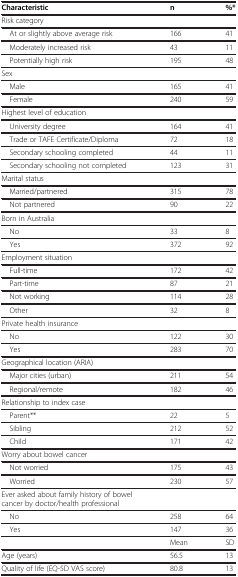
<table><thead><tr><td><b>Characteristic</b></td><td><b>n</b></td><td><b>%*</b></td></tr></thead><tbody><tr><td>Risk category</td><td>[EMPTY_CELL]</td><td>[EMPTY_CELL]</td></tr><tr><td> At or slightly above average risk</td><td>166</td><td>41</td></tr><tr><td> Moderately increased risk</td><td>43</td><td>11</td></tr><tr><td> Potentially high risk</td><td>195</td><td>48</td></tr><tr><td>Sex</td><td>[EMPTY_CELL]</td><td>[EMPTY_CELL]</td></tr><tr><td> Male</td><td>165</td><td>41</td></tr><tr><td> Female</td><td>240</td><td>59</td></tr><tr><td>Highest level of education</td><td>[EMPTY_CELL]</td><td>[EMPTY_CELL]</td></tr><tr><td> University degree</td><td>164</td><td>41</td></tr><tr><td> Trade or TAFE Certificate/Diploma</td><td>72</td><td>18</td></tr><tr><td> Secondary schooling completed</td><td>44</td><td>11</td></tr><tr><td> Secondary schooling not completed</td><td>123</td><td>31</td></tr><tr><td>Marital status</td><td>[EMPTY_CELL]</td><td>[EMPTY_CELL]</td></tr><tr><td> Married/partnered</td><td>315</td><td>78</td></tr><tr><td> Not partnered</td><td>90</td><td>22</td></tr><tr><td>Born in Australia</td><td>[EMPTY_CELL]</td><td>[EMPTY_CELL]</td></tr><tr><td> No</td><td>33</td><td>8</td></tr><tr><td> Yes</td><td>372</td><td>92</td></tr><tr><td>Employment situation</td><td>[EMPTY_CELL]</td><td>[EMPTY_CELL]</td></tr><tr><td> Full-time</td><td>172</td><td>42</td></tr><tr><td> Part-time</td><td>87</td><td>21</td></tr><tr><td> Not working</td><td>114</td><td>28</td></tr><tr><td> Other</td><td>32</td><td>8</td></tr><tr><td>Private health insurance</td><td>[EMPTY_CELL]</td><td>[EMPTY_CELL]</td></tr><tr><td> No</td><td>122</td><td>30</td></tr><tr><td> Yes</td><td>283</td><td>70</td></tr><tr><td>Geographical location (ARIA)</td><td>[EMPTY_CELL]</td><td>[EMPTY_CELL]</td></tr><tr><td> Major cities (urban)</td><td>211</td><td>54</td></tr><tr><td> Regional/remote</td><td>182</td><td>46</td></tr><tr><td>Relationship to index case</td><td>[EMPTY_CELL]</td><td>[EMPTY_CELL]</td></tr><tr><td> Parent**</td><td>22</td><td>5</td></tr><tr><td> Sibling</td><td>212</td><td>52</td></tr><tr><td> Child</td><td>171</td><td>42</td></tr><tr><td>Worry about bowel cancer</td><td>[EMPTY_CELL]</td><td>[EMPTY_CELL]</td></tr><tr><td> Not worried</td><td>175</td><td>43</td></tr><tr><td> Worried</td><td>230</td><td>57</td></tr><tr><td>Ever asked about family history of bowel cancer by doctor/health professional</td><td>[EMPTY_CELL]</td><td>[EMPTY_CELL]</td></tr><tr><td> No</td><td>258</td><td>64</td></tr><tr><td> Yes</td><td>147</td><td>36</td></tr><tr><td>[EMPTY_CELL]</td><td>Mean</td><td>SD</td></tr><tr><td>Age (years)</td><td>56.5</td><td>13</td></tr><tr><td>Quality of life (EQ-5D VAS score)</td><td>80.8</td><td>13</td></tr></tbody></table>